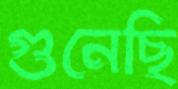
গুনেছি